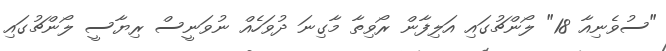
"ސުވެނިއާ 18" ލޯންޗުގައި އަލިފާން ރޯވިތާ މާގިނަ ދުވަހެއް ނުވަނީސް ރިޔާސީ ލޯންޗުގައި